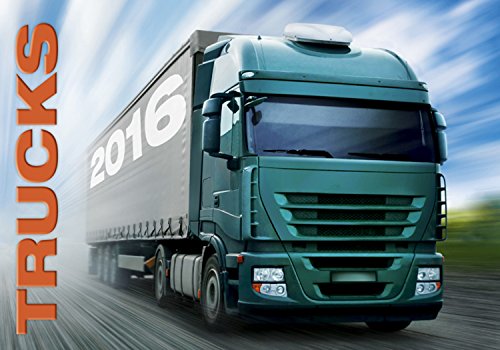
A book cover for Trucks Wall Calendar 2016 - Trucker Calendar - Poster Calendar - Automobile Calendar By Helma; MegaCalendars; Calendars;